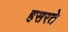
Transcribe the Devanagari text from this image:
हसरते